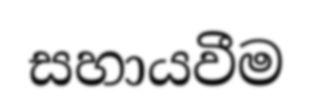
සහායවීම